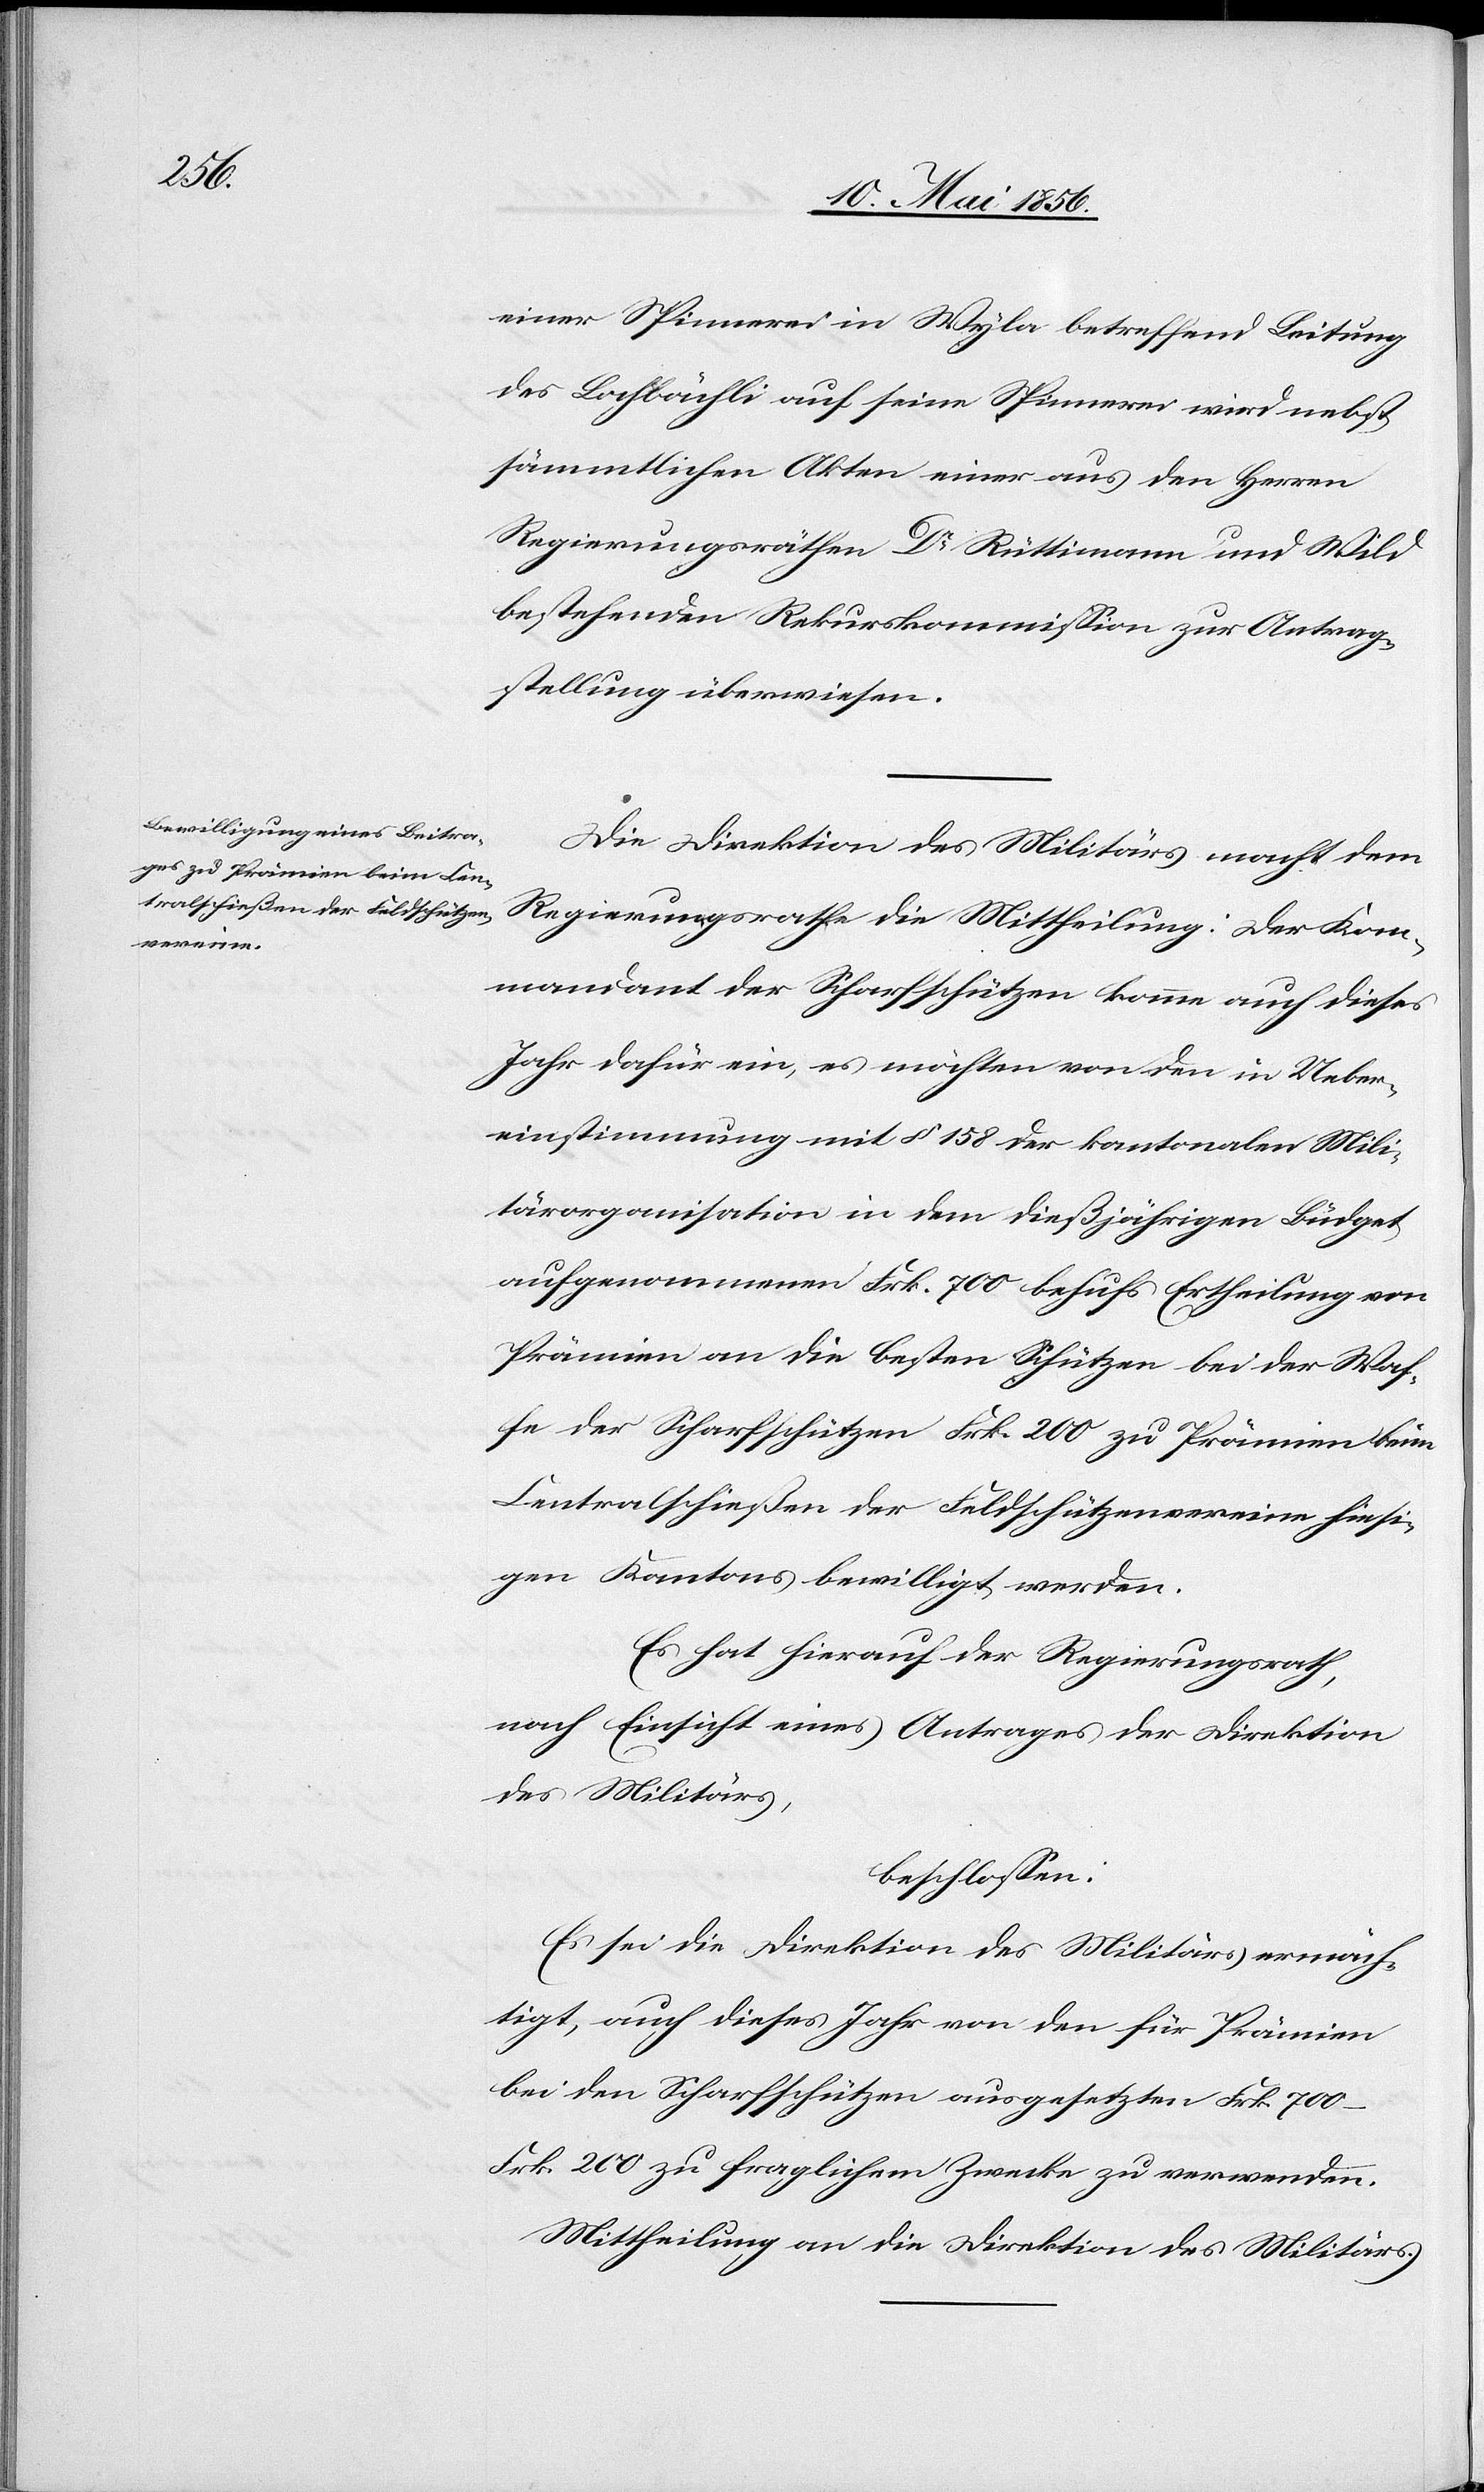
einer Spinnerei in Wyla betreffend Leitung
des Lochbächli auf seine Spinnerei wird nebst
sämmtlichen Akten einer aus den Herren
Regierungsräthen Dr Rüttimann und Wild
bestehenden Rekurskommission zur Antrag¬
stellung überwiesen.
Die Direktion des Militärs macht dem
Regierungsrathe die Mittheilung: Der Kom¬
mandant der Scharfschützen komme auch dieses
Jahr dafür ein, es möchten von den in Ueber¬
einstimmung mit § 185 der kantonalen Mili¬
tärorganisation in dem dießjährigen Büdget
aufgenommenen Frk. 700 behufs Ertheilung von
Prämien an die besten Schützen bei der Waf¬
fe der Scharfschützen Frk. 200 zu Prämien beim
Centralschießen der Feldschützenvereine hiesi¬
gen Kantons bewilligt werden.
Es hat hierauf der Regierungsrath,
nach Einsicht eines Antrages der Direktion
des Militärs,
beschlossen:
Es sei die Direktion des Militärs ermäch¬
tigt, auch dieses Jahr von den für Prämien
bei den Scharfschützen ausgesetzten Frk. 700 –
Frk. 200 zu fraglichem Zwecke zu verwenden.
Mittheilung an die Direktion des Militärs.